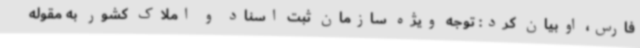
فارس، اوبیان کرد: توجه ویژه سازمان ثبت اسناد و املاک کشور به مقوله